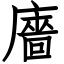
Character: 廧